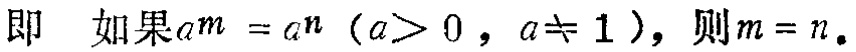
即 如果\(a^m = a^n\)（\(a>0\)，\(a\neq 1\)），则\(m = n\)。